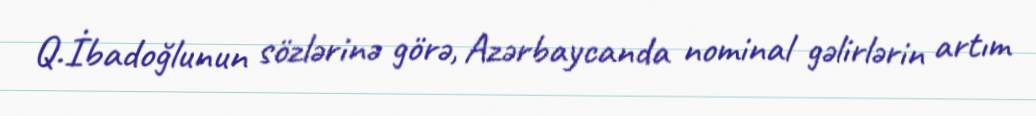
Q.İbadoğlunun sözlərinə görə, Azərbaycanda nominal gəlirlərin artım